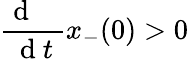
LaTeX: \frac{\mathrm{~d~\, ~\, ~}}{\mathrm{~d~}t}x_{-}(0)>0